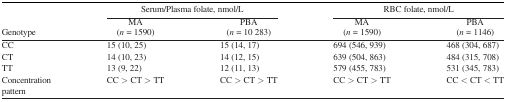
<table><thead><tr><td rowspan="2"><b>Genotype</b></td><td colspan="2"><b>Serum/Plasma folate, nmol/L</b></td><td colspan="2"><b>RBC folate, nmol/L</b></td></tr><tr><td><b>MA(<i>n</i> = 1590)</b></td><td><b>PBA(<i>n</i> = 10 283)</b></td><td><b>MA(<i>n</i> = 1590)</b></td><td><b>PBA(<i>n</i> = 1146)</b></td></tr></thead><tbody><tr><td>CC</td><td>15 (10, 25)</td><td>15 (14, 17)</td><td>694 (546, 939)</td><td>468 (304, 687)</td></tr><tr><td>CT</td><td>14 (10, 23)</td><td>14 (12, 15)</td><td>639 (504, 863)</td><td>484 (315, 708)</td></tr><tr><td>TT</td><td>13 (9, 22)</td><td>12 (11, 13)</td><td>579 (455, 783)</td><td>531 (345, 783)</td></tr><tr><td>Concentrationpattern</td><td>CC &gt; CT &gt; TT</td><td>CC &gt; CT &gt; TT</td><td>CC &gt; CT &gt; TT</td><td>CC &lt; CT &lt; TT</td></tr></tbody></table>